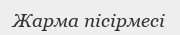
Жарма пісірмесі